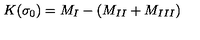
K ( \sigma _ { 0 } ) = M _ { I } - ( M _ { I I } + M _ { I I I } )